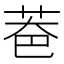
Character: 𦮹